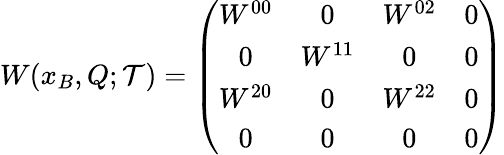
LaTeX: W(x_{B},Q;{\mathcal T})=\left(\begin{array}{cccc}{{W^{00}}}&{{0}}&{{W^{02}}}&{{0}}\\ {{0}}&{{W^{11}}}&{{0}}&{{0}}\\ {{W^{20}}}&{{0}}&{{W^{22}}}&{{0}}\\ {{0}}&{{0}}&{{0}}&{{0}}\end{array}\right)